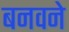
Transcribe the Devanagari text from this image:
बनवने